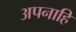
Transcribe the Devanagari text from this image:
अपनाहि